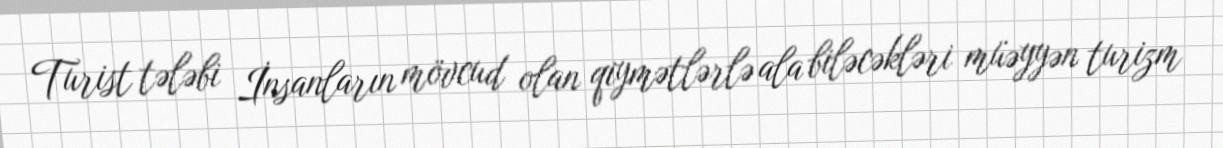
Turist tələbi İnsanların mövcud olan qiymətlərlə ala biləcəkləri müəyyən turizm